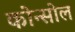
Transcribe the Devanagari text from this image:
कोन्सोल